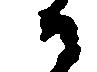
御